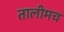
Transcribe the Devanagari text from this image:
तालीमच